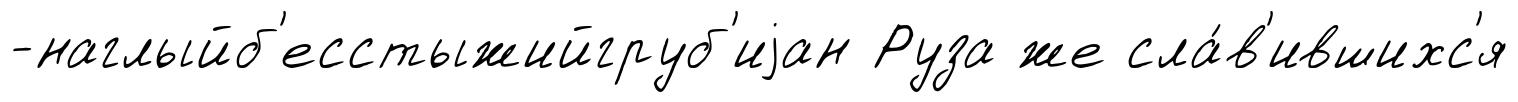
-наглыйб'есстыжийгруб'иjан Руза же сла́в'ившихс'я